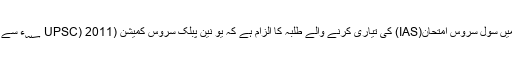
ہندی سمیت دیگر علاقائی زبانوں میں سول سروس امتحان(IAS) کی تیاری کرنے والے طلبہ کا الزام ہے کہ یو نین پبلک سروس کمیشن (UPSC) 2011 ؁ء سے ان کے ساتھ تعصب برت رہا ہے۔